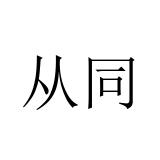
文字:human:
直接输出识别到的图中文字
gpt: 从同